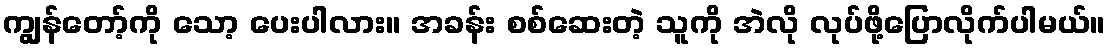
ကျွန်တော့်ကို သော့ ပေးပါလား။ အခန်း စစ်ဆေးတဲ့ သူကို အဲလို လုပ်ဖို့ပြောလိုက်ပါမယ်။